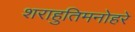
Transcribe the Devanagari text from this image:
शराहुतिमनोहरे